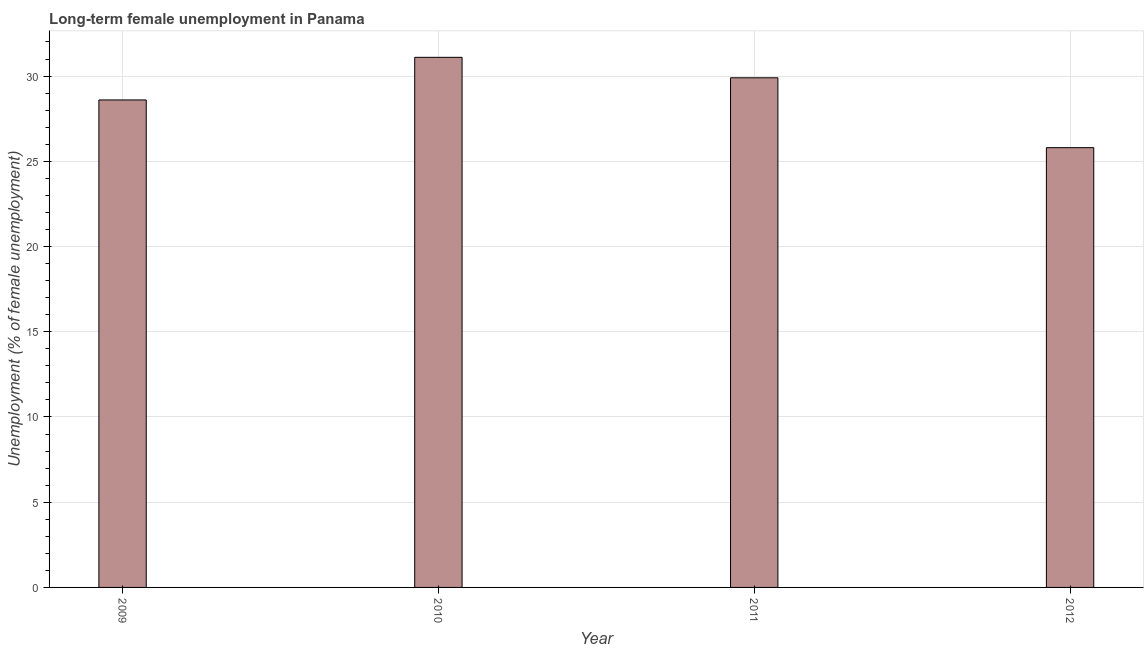
| Year | Long-term unemployment female |
 | --- | --- |
 | 2009 | 28.6 |
 | 2010 | 31.1 |
 | 2011 | 29.9 |
 | 2012 | 25.8 |